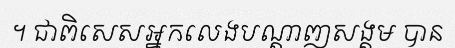
។ ជាពិសេសអ្នកលេងបណ្តាញសង្គម បាន